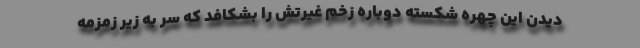
دیدن این چهره شکسته دوباره زخم غیرتش را بشکافد که سر به زیر زمزمه